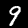
Label: 9